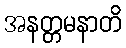
အနတ္တမနာတိ